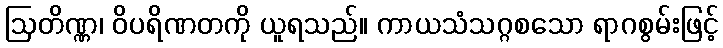
ဩတိဏ္ဏ၊ ဝိပရိဏတကို ယူရသည်။ ကာယသံသဂ္ဂစသော ရာဂစွမ်းဖြင့်